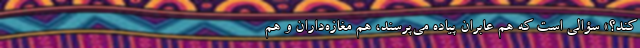
کند؟» سؤالی است که هم عابران پیاده می‌پرسند، هم مغازه‌داران و هم